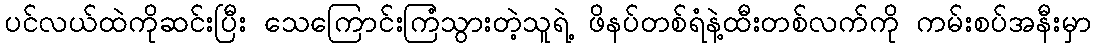
ပင်လယ်ထဲကိုဆင်းပြီး သေကြောင်းကြံသွားတဲ့သူရဲ့ ဖိနပ်တစ်ရံနဲ့ထီးတစ်လက်ကို ကမ်းစပ်အနီးမှာ